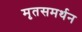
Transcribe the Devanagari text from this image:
मृतसमर्थन